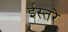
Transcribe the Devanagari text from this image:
ईस्तरे